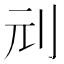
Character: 刓